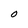
Character: O